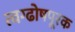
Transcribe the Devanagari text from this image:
त्वग्ढोषपूरक